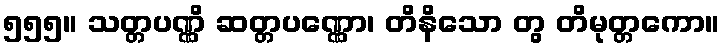
၅၅၅။ သတ္တပဏ္ဏိ ဆတ္တပဏ္ဏော၊ တိနိသော တွ တိမုတ္တကော။